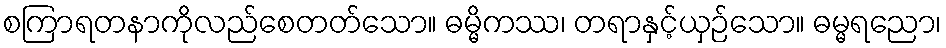
စကြာရတနာကိုလည်စေတတ်သော။ ဓမ္မိကဿ၊ တရာနှင့်ယှဉ်သော။ ဓမ္မရညော၊